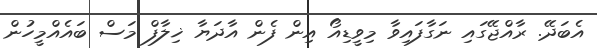
އެބަދޭ. ރާއްޖޭގައި ނަގާފައިވާ މިވީޑިއޯ އިން ފެން އާދަޔާ ޚިލާފް މަސް ބައެއްމީހުން